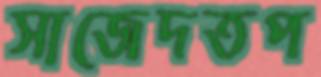
সাজেদতপ